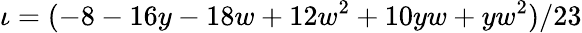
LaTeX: \iota=(-8-16y-18w+12w^{2}+10yw+yw^{2})/23